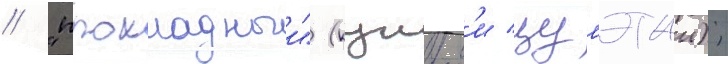
/ "прохладныи" (кунъем'и цумэтаи);